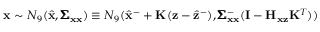
\mathbf { x } \sim N _ { 9 } ( \hat { \mathbf { x } } , \pmb { \Sigma } _ { \mathbf { x } \mathbf { x } } ) \equiv N _ { 9 } ( \hat { \mathbf { x } } ^ { - } + \mathbf { K } ( \mathbf { z } - \hat { \mathbf { z } } ^ { - } ) , \pmb { \Sigma } _ { \mathbf { x } \mathbf { x } } ^ { - } ( \mathbf { I } - \mathbf { H } _ { \mathbf { x } \mathbf { z } } \mathbf { K } ^ { T } ) )